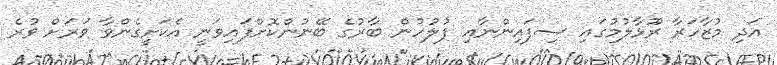
އަދި މުޒާހަރާ ރޫޅާލުމުގައި ސިފައިންނާއި ފުލުހުން ބާރުގެ ބޭނުންކޮށްފައިވަނީ އެކަށީގެންވާ ވަރަށް ވުރެ